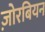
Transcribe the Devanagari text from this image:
ज़ोरबियन